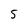
Character: 5